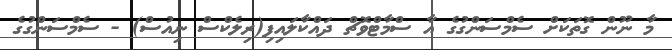
މާ ނޫން ގޮތަކަށް ސެމްސަންގުގެ އާ ސްމާޓްވޮޗް ދައްކާލައިފި(ރިލެކްސް ނިއުސް) - ސެމްސަންގުގެ